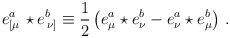
\begin{align*}e^a_{\left[\mu\right.} \star e^b_{\left.\nu\right]} \equiv\frac 12 \left(e^a_{\mu} \star e^b_{\nu} - e^a_{\nu} \star e^b_{\mu}\right)\,.\end{align*}